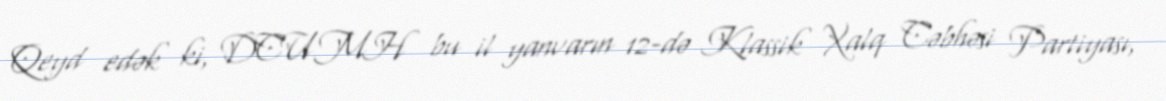
Qeyd edək ki, DCUMH bu il yanvarın 12-də Klassik Xalq Cəbhəsi Partiyası,